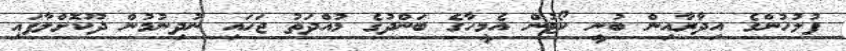
ފުލުހުންގެ އިދާރާއިން ބުނީ ކޯޓުން އެމީހާގެ ބަންދުގެ މުއްދަތު ޖަހައި ނުދިނުމުން ދޫކޮށްލާފައި